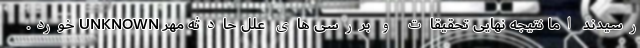
رسیدند اما نتیجه نهایی تحقیقات و بررسی های علل حادثه مهر UNKNOWN خورد.